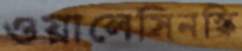
ওয়ালেসিনস্কি